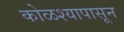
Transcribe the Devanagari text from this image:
कोळश्यापासून